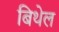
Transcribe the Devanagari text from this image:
बिथेल